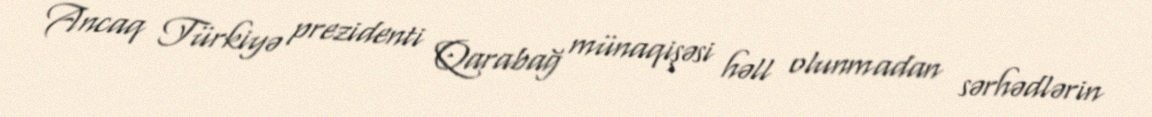
Ancaq Türkiyə prezidenti Qarabağ münaqişəsi həll olunmadan sərhədlərin